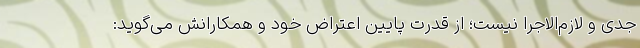
جدی و لازم‌الاجرا نیست؛ از قدرت پایین اعتراض خود و همکارانش می‌گوید: